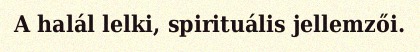
A halál lelki, spirituális jellemzői.